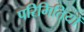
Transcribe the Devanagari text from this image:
परिमितियों